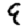
Digit: 9